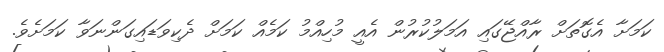
ކަމަށާ އެގޮތަށް ރާއްޖޭގައި އަމަލުކުރުން އެއީ މުހިއްމު ކަމެއް ކަމަށް ދެކިވަޑައިގަންނަވާ ކަމަށެވެ.